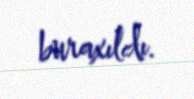
buraxıldı.